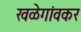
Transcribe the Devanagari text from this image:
खळेगांवकर